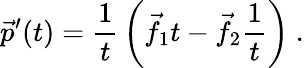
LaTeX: {\vec{p}}^{\prime}(t)={\frac{1}{t}}\left({\vec{f}}_{1}t-{\vec{f}}_{2}{\frac{1}{t}}\right)\ .